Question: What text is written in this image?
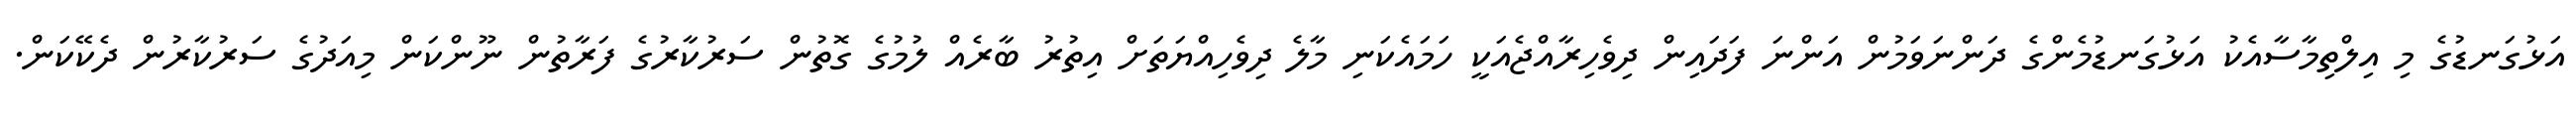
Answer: އަޅުގަނޑުގެ މި އިލްތިމާސާއެކު އަޅުގަނޑުމެންގެ ދަންނަވަމުން އަންނަ ފަދައިން ދިވެހިރާއްޖެއަކީ ހަމައެކަނި މާލެ ދިވެހިއްޔަތަށް އިތުރު ބާރެއް ލުމުގެ ގޮތުން ސަރުކާރުގެ ފަރާތުން ނޫންކަން މިއަދުގެ ސަރުކާރުން ދެކޭކަން.